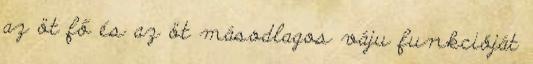
az öt fő és az öt másodlagos váju funkcióját